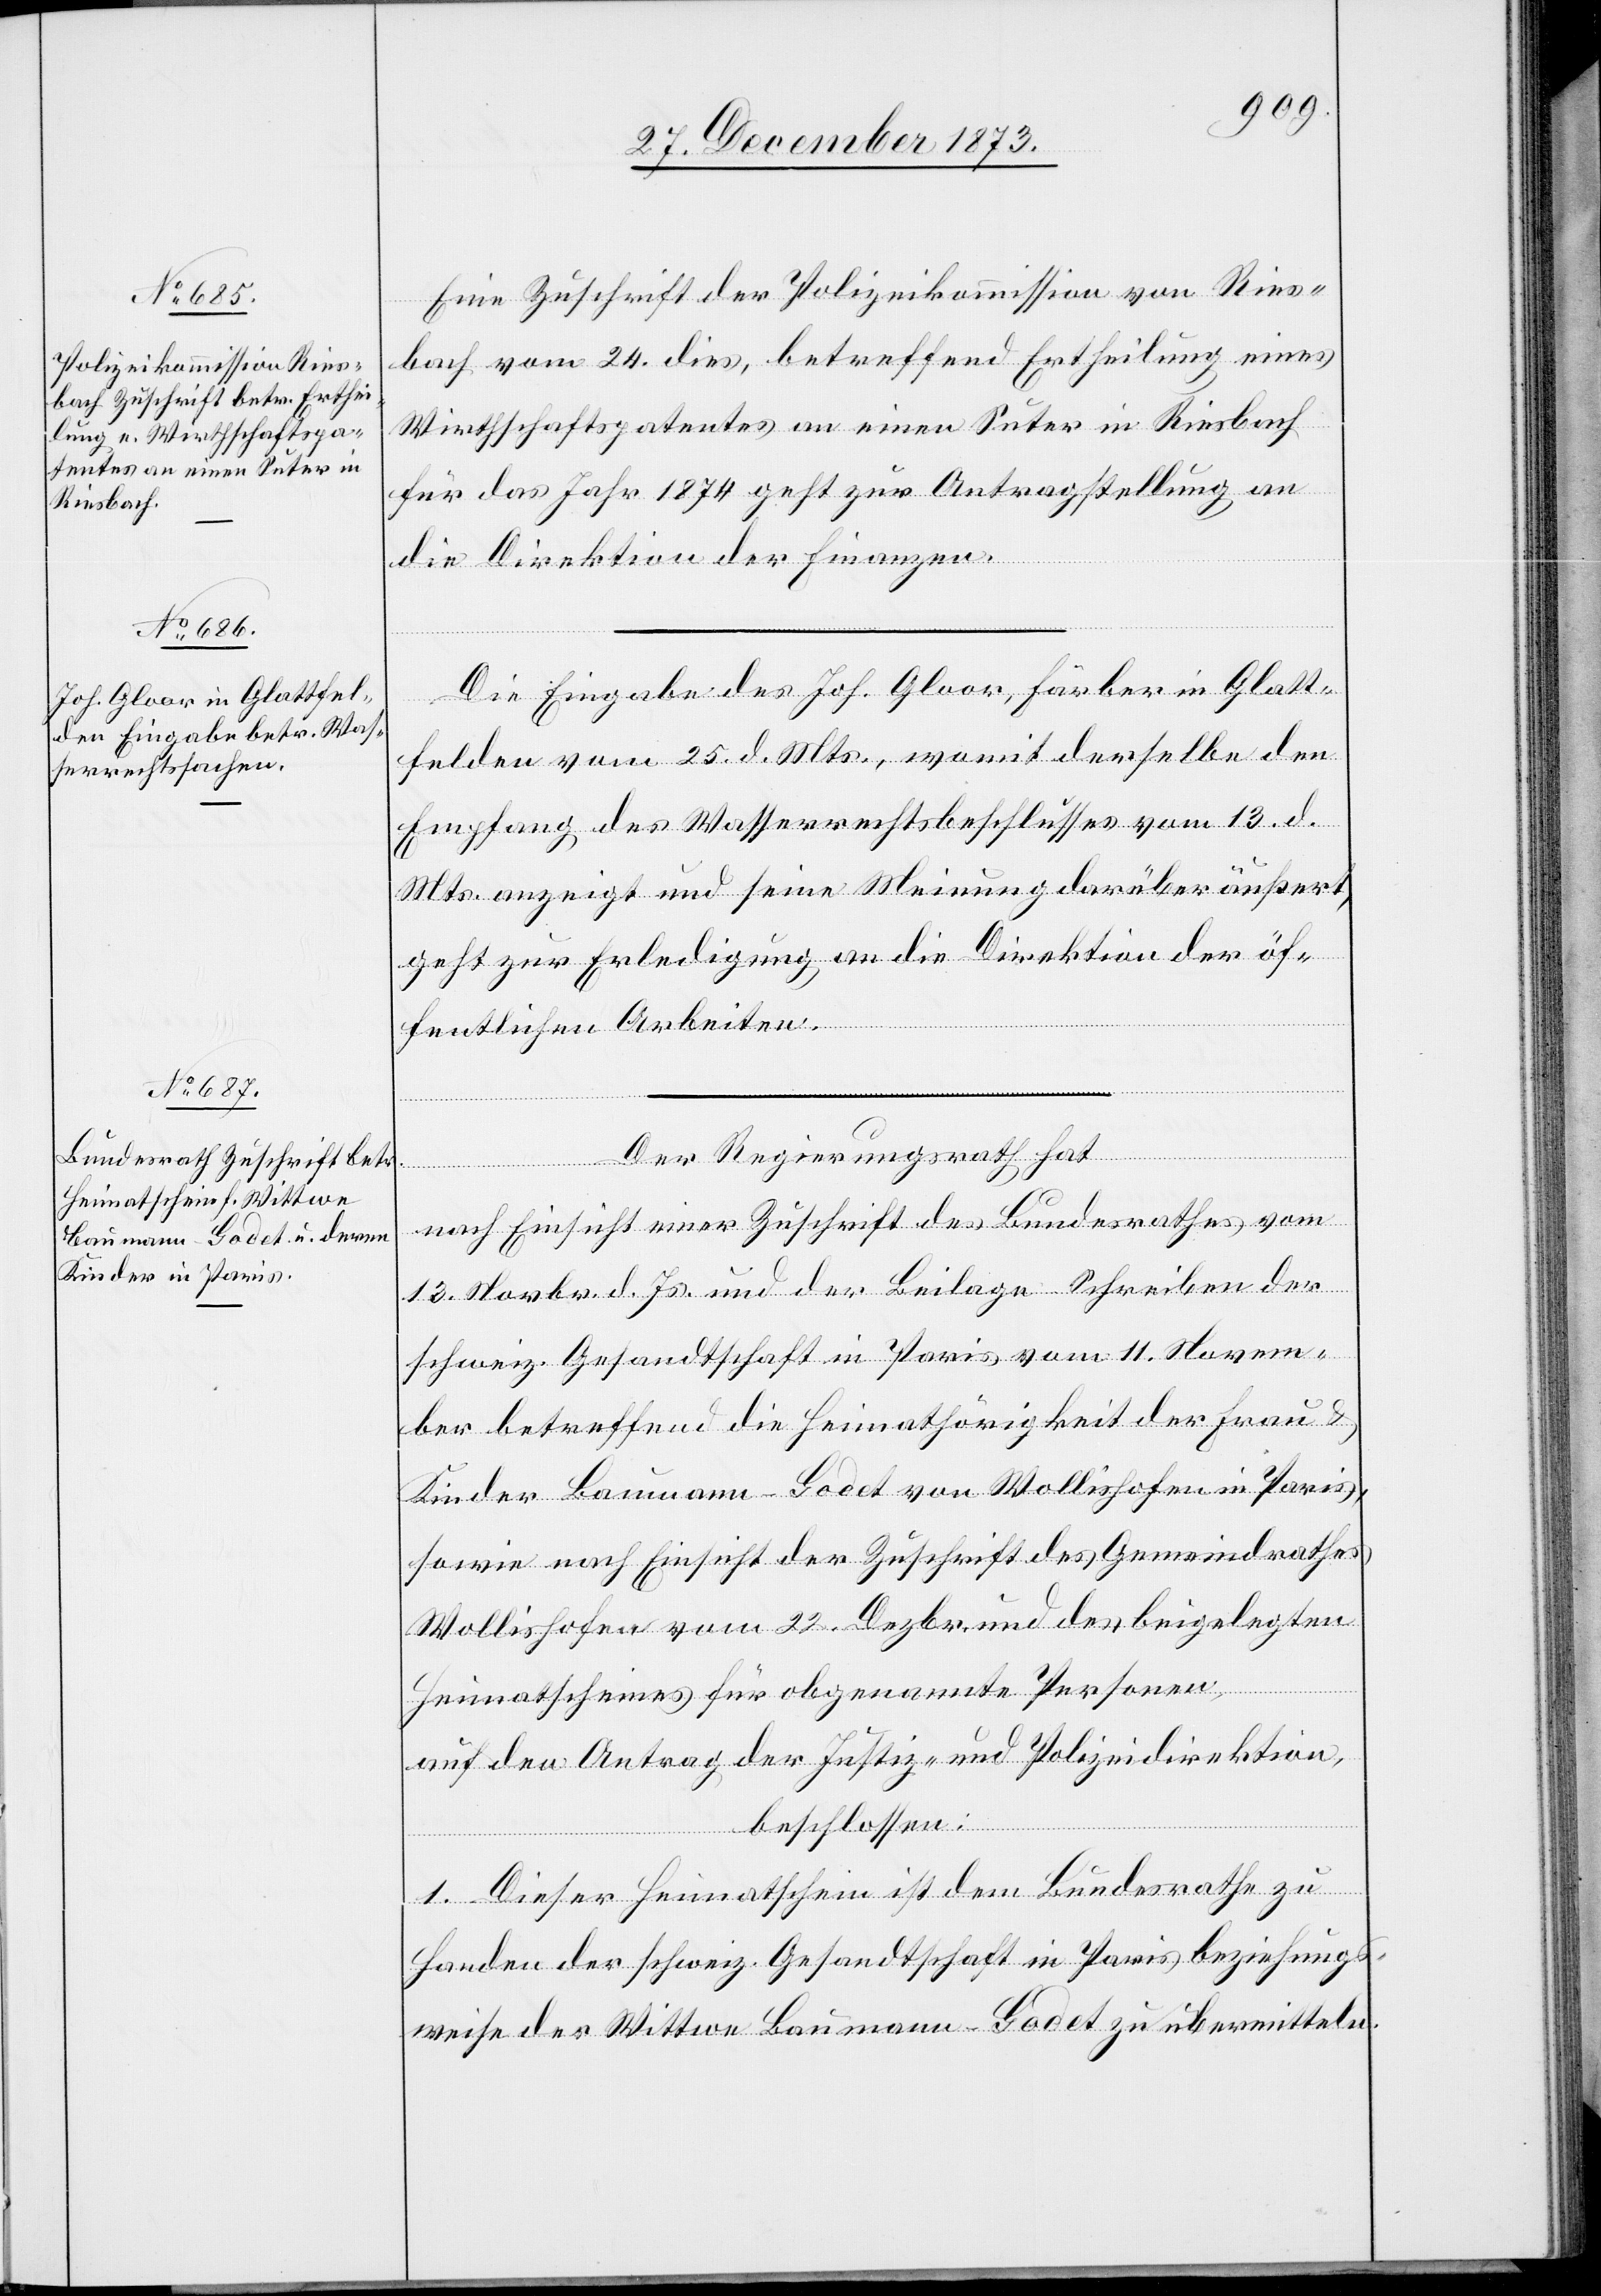
27. December 1873.]
Eine Zuschrift der Polizeikommission von Ries¬
bach vom 24. dies, betreffend Ertheilung eines
Wirthschaftspatentes an einen Suter in Riesbach
für das Jahr 1874 geht zur Antragstellung an
die Direktion der Finanzen.
Die Eingabe des Joh. Gloor, Färber in Glatt¬
felden vom 25. d. Mts., womit derselbe den
Empfang des Wasserrechtsbeschlusses vom 13. d.
Mts. anzeigt und seine Meinung darüber äußert,
geht zur Erledigung an die Direktion der öf¬
fentlichen Arbeiten.
Der Regierungsrath hat
nach Einsicht einer Zuschrift des Bundesrathes vom
13. Novbr. d. Js. und der Beilage-Schreiben der
schweiz. Gesandtschaft in Paris vom 11. Novem¬
ber betreffend die Heimathörigkeit der Frau &
Kinder Baumann-Godet von Wollishofen in Paris,
sowie nach Einsicht der Zuschrift des Gemeindrathes
Wollishofen vom 22. Dezbr. und des beigelegten
Heimatscheines für obgenannte Personen,
auf den Antrag der Justiz- und Polizeidirektion,
beschlossen:
1. Dieser Heimatschein ist dem Bundesrathe zu
Handen der schweiz. Gesandtschaft in Paris beziehungs¬
weise der Wittwe Baumann-Godet zu übermitteln.